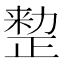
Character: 𠢫